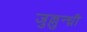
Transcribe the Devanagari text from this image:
जुल्लुन्ध्री